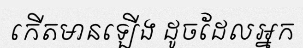
កើតមានឡើង ដូចដែលអ្នក